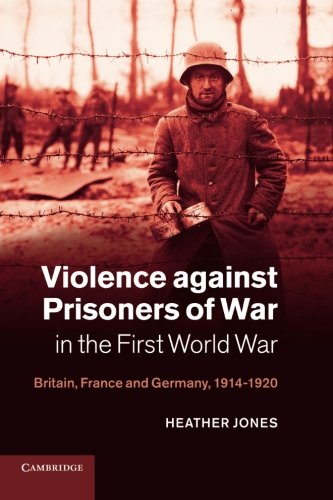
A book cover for Violence against Prisoners of War in the First World War: Britain, France and Germany, 1914-1920 (Studies in the Social and Cultural History of Modern Warfare); Heather Jones; History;